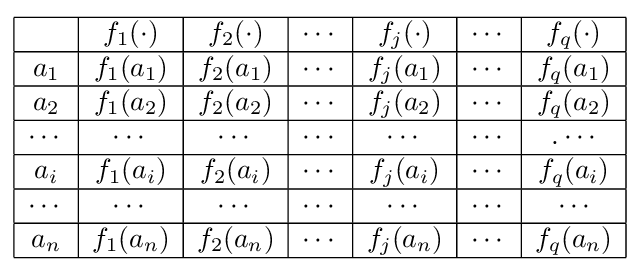
{\begin{array}{|c|c|c|c|c|c|c|}\hline &f_{1}(\cdot )&f_{2}(\cdot )&\cdots &f_{j}(\cdot )&\cdots &f_{q}(\cdot )\\\hline a_{1}&f_{1}(a_{1})&f_{2}(a_{1})&\cdots &f_{j}(a_{1})&\cdots &f_{q}(a_{1})\\\hline a_{2}&f_{1}(a_{2})&f_{2}(a_{2})&\cdots &f_{j}(a_{2})&\cdots &f_{q}(a_{2})\\\hline \cdots &\cdots &\cdots &\cdots &\cdots &\cdots &.\cdots \\\hline a_{i}&f_{1}(a_{i})&f_{2}(a_{i})&\cdots &f_{j}(a_{i})&\cdots &f_{q}(a_{i})\\\hline \cdots &\cdots &\cdots &\cdots &\cdots &\cdots &\cdots \\\hline a_{n}&f_{1}(a_{n})&f_{2}(a_{n})&\cdots &f_{j}(a_{n})&\cdots &f_{q}(a_{n})\\\hline \end{array}}